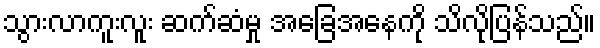
သွားလာကူးလူး ဆက်ဆံမှု အခြေအနေကို သိလိုပြန်သည်။